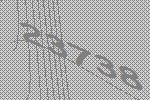
23738